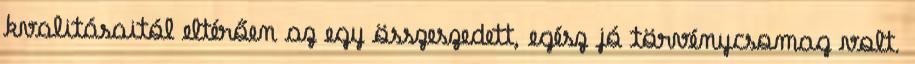
kvalitásaitól eltérően az egy összeszedett, egész jó törvénycsomag volt.